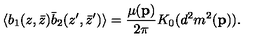
\langle b _ { 1 } ( z , \bar { z } ) \bar { b } _ { 2 } ( z ^ { \prime } , \bar { z } ^ { \prime } ) \rangle = { \frac { \mu ( { \bf p } ) } { 2 \pi } } K _ { 0 } ( d ^ { 2 } m ^ { 2 } ( { \bf p } ) ) .